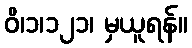
ဝိ၊၁၊၁၂၁၊ မှယူရန်။